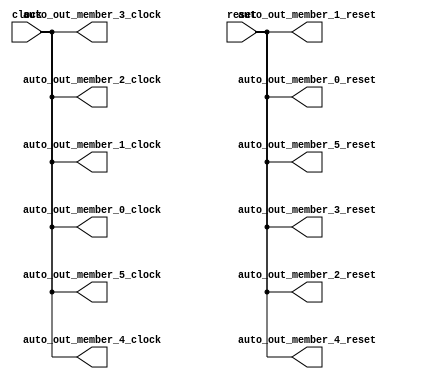
module SimpleClockGroupSource( // @[:freechips.rocketchip.system.DefaultRV32Config.fir@20.2]
  input   clock, // @[:freechips.rocketchip.system.DefaultRV32Config.fir@21.4]
  input   reset, // @[:freechips.rocketchip.system.DefaultRV32Config.fir@22.4]
  output  auto_out_member_5_clock, // @[:freechips.rocketchip.system.DefaultRV32Config.fir@23.4]
  output  auto_out_member_5_reset, // @[:freechips.rocketchip.system.DefaultRV32Config.fir@23.4]
  output  auto_out_member_4_clock, // @[:freechips.rocketchip.system.DefaultRV32Config.fir@23.4]
  output  auto_out_member_4_reset, // @[:freechips.rocketchip.system.DefaultRV32Config.fir@23.4]
  output  auto_out_member_3_clock, // @[:freechips.rocketchip.system.DefaultRV32Config.fir@23.4]
  output  auto_out_member_3_reset, // @[:freechips.rocketchip.system.DefaultRV32Config.fir@23.4]
  output  auto_out_member_2_clock, // @[:freechips.rocketchip.system.DefaultRV32Config.fir@23.4]
  output  auto_out_member_2_reset, // @[:freechips.rocketchip.system.DefaultRV32Config.fir@23.4]
  output  auto_out_member_1_clock, // @[:freechips.rocketchip.system.DefaultRV32Config.fir@23.4]
  output  auto_out_member_1_reset, // @[:freechips.rocketchip.system.DefaultRV32Config.fir@23.4]
  output  auto_out_member_0_clock, // @[:freechips.rocketchip.system.DefaultRV32Config.fir@23.4]
  output  auto_out_member_0_reset // @[:freechips.rocketchip.system.DefaultRV32Config.fir@23.4]
);
  assign auto_out_member_5_clock = clock; // @[LazyModule.scala 305:12:freechips.rocketchip.system.DefaultRV32Config.fir@30.4]
  assign auto_out_member_5_reset = reset; // @[LazyModule.scala 305:12:freechips.rocketchip.system.DefaultRV32Config.fir@30.4]
  assign auto_out_member_4_clock = clock; // @[LazyModule.scala 305:12:freechips.rocketchip.system.DefaultRV32Config.fir@30.4]
  assign auto_out_member_4_reset = reset; // @[LazyModule.scala 305:12:freechips.rocketchip.system.DefaultRV32Config.fir@30.4]
  assign auto_out_member_3_clock = clock; // @[LazyModule.scala 305:12:freechips.rocketchip.system.DefaultRV32Config.fir@30.4]
  assign auto_out_member_3_reset = reset; // @[LazyModule.scala 305:12:freechips.rocketchip.system.DefaultRV32Config.fir@30.4]
  assign auto_out_member_2_clock = clock; // @[LazyModule.scala 305:12:freechips.rocketchip.system.DefaultRV32Config.fir@30.4]
  assign auto_out_member_2_reset = reset; // @[LazyModule.scala 305:12:freechips.rocketchip.system.DefaultRV32Config.fir@30.4]
  assign auto_out_member_1_clock = clock; // @[LazyModule.scala 305:12:freechips.rocketchip.system.DefaultRV32Config.fir@30.4]
  assign auto_out_member_1_reset = reset; // @[LazyModule.scala 305:12:freechips.rocketchip.system.DefaultRV32Config.fir@30.4]
  assign auto_out_member_0_clock = clock; // @[LazyModule.scala 305:12:freechips.rocketchip.system.DefaultRV32Config.fir@30.4]
  assign auto_out_member_0_reset = reset; // @[LazyModule.scala 305:12:freechips.rocketchip.system.DefaultRV32Config.fir@30.4]
endmodule